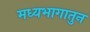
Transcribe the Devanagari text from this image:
मध्यभागातुन